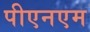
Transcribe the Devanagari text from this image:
पीएनएम